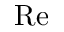
\mathrm { R e }